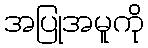
အပြုအမူကို